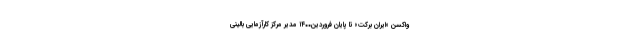
واکسن «ایران برکت» تا پایان فروردین۱۴۰۰ مدیر مرکز کارآزمایی بالینی